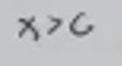
$x > c$